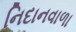
નિદાનવાળા